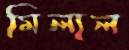
মিলাল